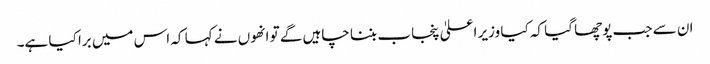
ان سے جب پوچھا گیا کہ کیا وزیر اعلیٰ پنجاب بننا چاہیں گے تو انھوں نے کہا کہ اس میں برا کیا ہے۔